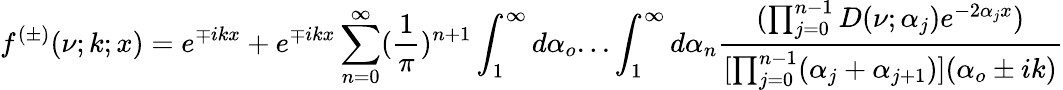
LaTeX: f^{(\pm)}(\nu;k;x)=e^{\mp ikx}+e^{\mp ikx}\sum_{n=0}^{\infty}(\frac{1}{\pi})^{n+1}\int_{1}^{\infty}d\alpha_{o}...\int_{1}^{\infty}d\alpha_{n}\frac{(\prod_{j=0}^{n-1}D(\nu;\alpha_{j})e^{-2\alpha_{j}x})}{[\prod_{j=0}^{n-1}(\alpha_{j}+\alpha_{j+1})](\alpha_{o}\pm ik)}